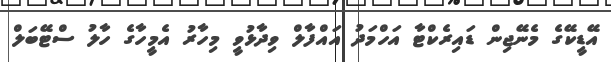
އޭޑީކޭގެ މެނޭޖިން ޑައިރެކްޓާ އަހްމަދު އައްފާލް ވިދާޅުވީ މިހާރު އެމީހާގެ ހާލު ސްޓޭބަލް